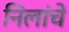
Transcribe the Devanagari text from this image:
निलांचे